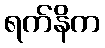
ရက်နိက